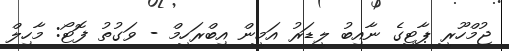
ޖުމްހޫރީ ޕާޓީގެ ނާއިބު ލީޑަރު އަމީން އިބްރަހީމް - ވަގުތު ފޮޓޯ: މާހިލް